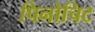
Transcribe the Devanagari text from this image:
पिनोचिट